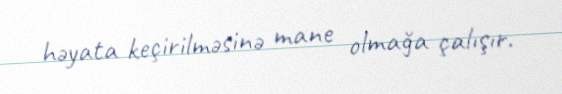
həyata keçirilməsinə mane olmağa çalışır.